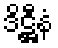
ဒိဋ္ဌီနံ